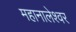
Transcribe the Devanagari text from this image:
महानालेश्वर